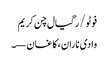
فوٹو/ رگیال چن کریم
وادی ناران، کاغان—۔